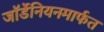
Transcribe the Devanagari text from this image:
जॉर्डेनियनमार्फत